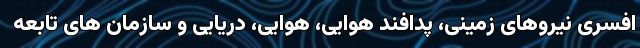
افسری نیروهای زمینی، پدافند هوایی، هوایی، دریایی و سازمان های تابعه